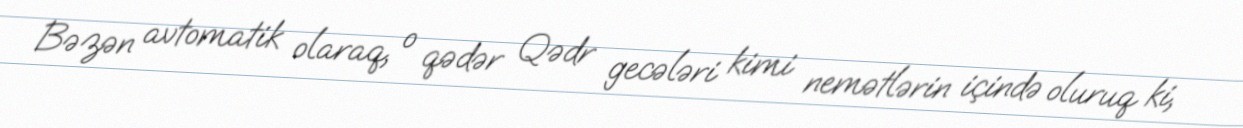
Bəzən avtomatik olaraq, o qədər Qədr gecələri kimi nemətlərin içində oluruq ki,